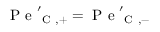
\mathrm { ~ P ~ e ~ } _ { \mathrm { ~ C ~ } , + } ^ { \prime } = \mathrm { ~ P ~ e ~ } _ { \mathrm { ~ C ~ } , - } ^ { \prime }